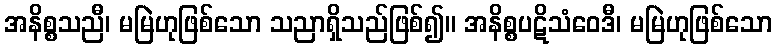
အနိစ္စသညီ၊ မမြဲဟုဖြစ်သော သညာရှိသည်ဖြစ်၍။ အနိစ္စပဋိသံဝေဒီ၊ မမြဲဟုဖြစ်သော